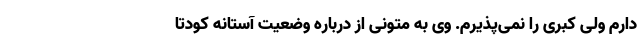
دارم ولی کبری را نمی‌پذیرم. وی به متونی از درباره وضعیت آستانه کودتا